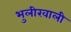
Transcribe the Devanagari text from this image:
भुलीखाली